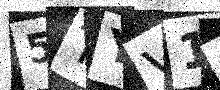
Text: 5TYV1V